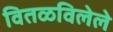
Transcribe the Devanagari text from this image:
वितळविलेले